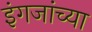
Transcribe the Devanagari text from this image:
इंगजांच्या